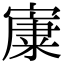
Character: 𡪼